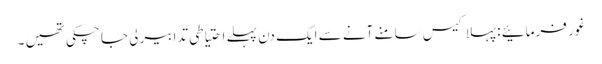
غور فرمائیے : پہلا کیس سامنے آنے سے ایک دن پہلے احتیاطی تدابیر لی جا چکی تھیں ۔